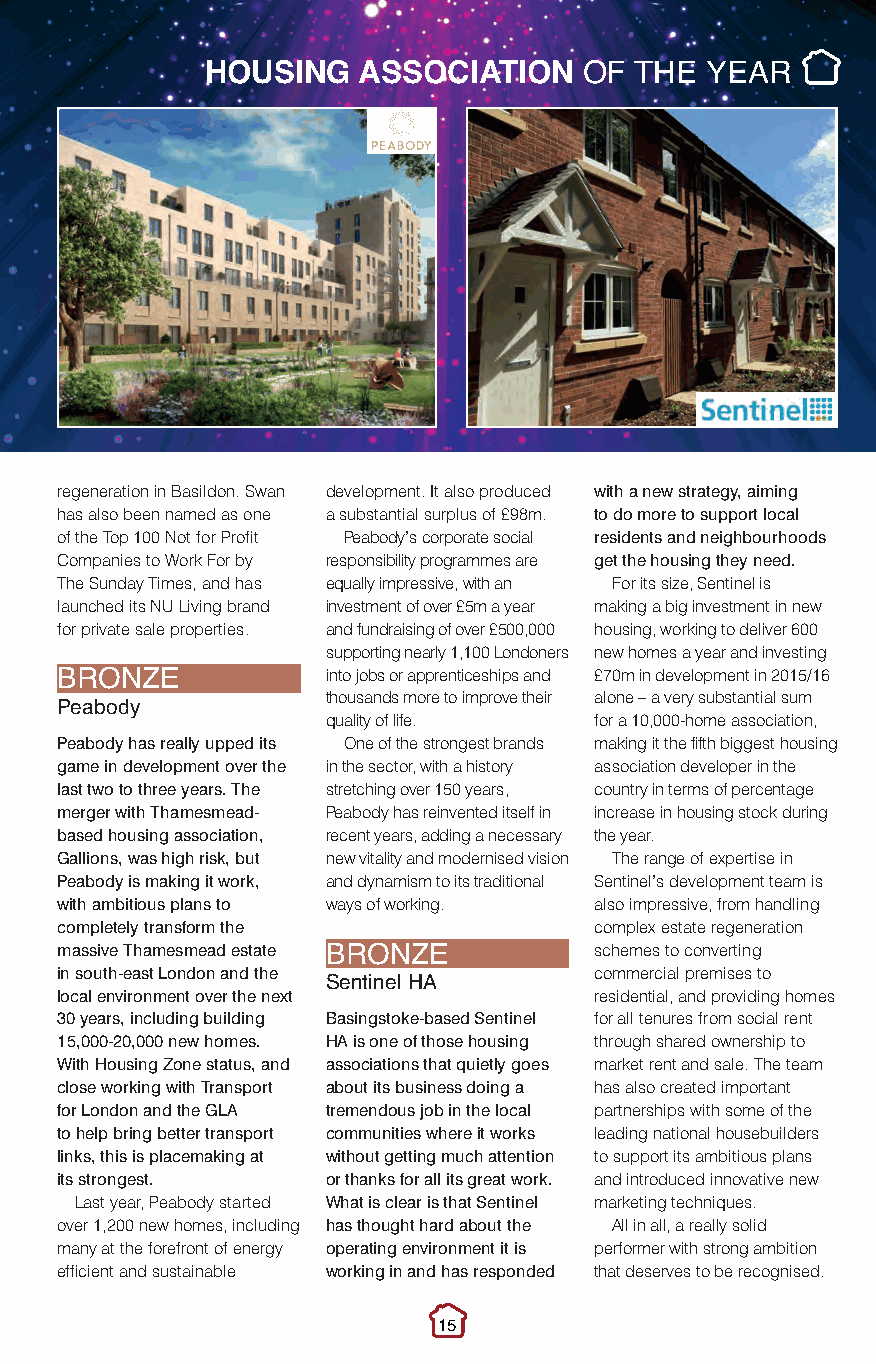
HA of the year.qxp_layout 1 10/11/2016 21:17 Page 2
 HOUSING   ASSOCIATION    oF THe  YeAr
 regeneration in Basildon. Swan development. It also produced with a new strategy, aiming
 has also been named as one a substantial surplus of £98m. to do more to support local
 of the Top 100 Not for Profit Peabody’s corporate social residents and neighbourhoods
 Companies to Work For by responsibility programmes are get the housing they need.
 The Sunday Times, and has equally impressive, with an For its size, Sentinel is
 launched its NU Living brand investment of over £5m a year making a big investment in new
 for private sale properties. and fundraising of over £500,000 housing, working to deliver 600
 supporting nearly 1,100 Londoners new homes a year and investing
 into jobs or apprenticeships and £70m in development in 2015/16
 BroNze            thousands more to improve their alone – a very substantial sum
 Peabody           quality of life. for a 10,000-home association,
 Peabody has really upped its One of the strongest brands making it the fifth biggest housing
 game in development over the in the sector, with a history association developer in the
 last two to three years. The stretching over 150 years, country in terms of percentage
 merger with Thamesmead- Peabody has reinvented itself in increase in housing stock during
 based housing association, recent years, adding a necessary the year.
 Gallions, was high risk, but new vitality and modernised vision The range of expertise in
 Peabody is making it work, and dynamism to its traditional Sentinel’s development team is
 with ambitious plans to ways of working. also impressive, from handling
 completely transform the           complex estate regeneration
 massive Thamesmead estate          schemes to converting
 in south-east London and the BroNze commercial premises to
 local environment over the next Sentinel HA residential, and providing homes
 30 years, including building Basingstoke-based Sentinel for all tenures from social rent
 15,000-20,000 new homes. HA is one of those housing through shared ownership to
 With Housing Zone status, and associations that quietly goes market rent and sale. The team
 close working with Transport about its business doing a has also created important
 for London and the GLA tremendous job in the local partnerships with some of the
 to help bring better transport communities where it works leading national housebuilders
 links, this is placemaking at without getting much attention to support its ambitious plans
 its strongest.    or thanks for all its great work. and introduced innovative new
 Last year, Peabody started What is clear is that Sentinel marketing techniques.
 over 1,200 new homes, including has thought hard about the All in all, a really solid
 many at the forefront of energy operating environment it is performer with strong ambition
 efficient and sustainable working in and has responded that deserves to be recognised.
 15